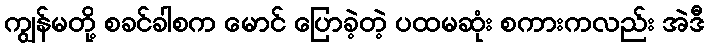
ကျွန်မတို့ စခင်ခါစက မောင် ပြောခဲ့တဲ့ ပထမဆုံး စကားကလည်း အဲဒီ